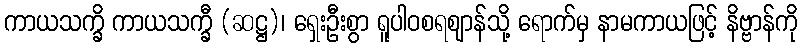
ကာယသက္ခိ ကာယသက္ခီ (ဆဋ္ဌ)၊ ရှေးဦးစွာ ရူပါဝစရဈာန်သို့ ရောက်မှ နာမကာယဖြင့် နိဗ္ဗာန်ကို